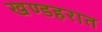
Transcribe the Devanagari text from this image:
खण्डहरात